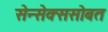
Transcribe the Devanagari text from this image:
सेन्सेक्ससोबत